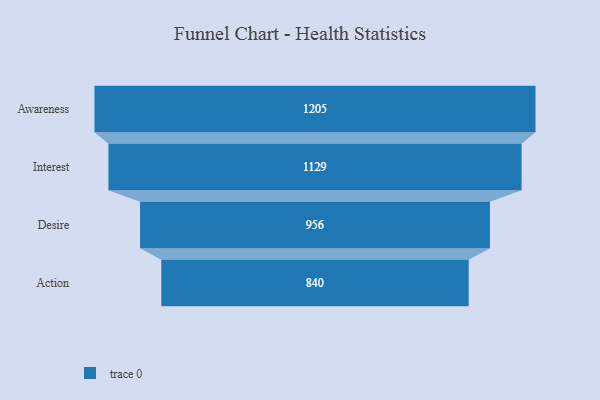
{"axis": {"x": "Stage", "y": "Value"}, "legend": [""], "data": [{"x": "Awareness", "y": 1205.0, "type": ""}, {"x": "Interest", "y": 1129.0, "type": ""}, {"x": "Desire", "y": 956.0, "type": ""}, {"x": "Action", "y": 840.0, "type": ""}]}